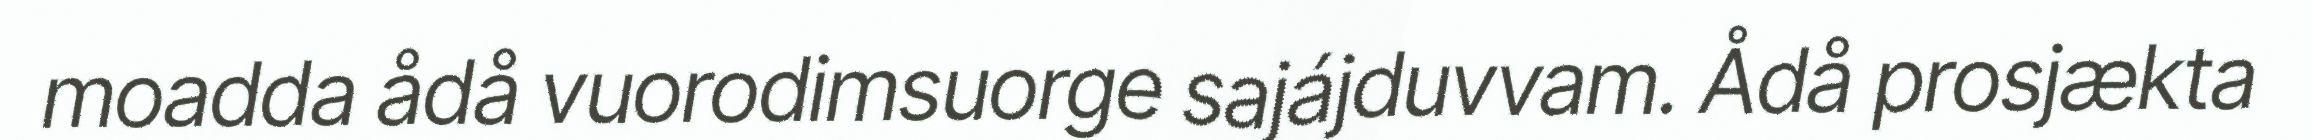
moadda ådå vuorodimsuorge sajájduvvam. Ådå prosjækta